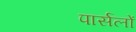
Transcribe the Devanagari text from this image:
पार्सलों